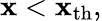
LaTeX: \mathbf{x}<\mathbf{x}_{\mathrm{{th}}},